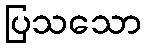
ပြသသော